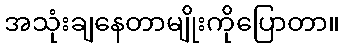
အသုံးချနေတာမျိုးကိုပြောတာ။